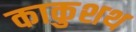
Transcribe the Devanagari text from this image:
काकुशथ